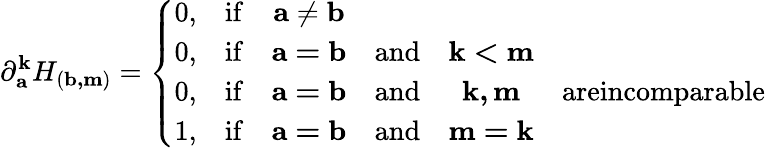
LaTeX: \partial_{\mathbf{a}}^{\mathbf{k}}H_{\left(\mathbf{b,m}\right)}=\left\{ \begin{array}{cccccc}{0,}&{\mathrm{if}}&{\mathbf{a\neq b}}&&&\\ {0,}&{\mathrm{if}}&{\mathbf{a=b}}&{\mathrm{and}}&{\mathbf{k<m}}&\\ {0,}&{\mathrm{if}}&{\mathbf{a=b}}&{\mathrm{and}}&{\mathbf{k,m}}&{\mathrm{areincomparable}}\\ {1,}&{\mathrm{if}}&{\mathbf{a=b}}&{\mathrm{and}}&{\mathbf{m=k}}&\end{array}\right.